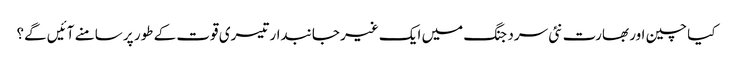
کیا چین اور بھارت نئی سرد جنگ میں ایک غیر جانبدار تیسری قوت کے طور پر سامنے آئیں گے؟